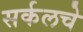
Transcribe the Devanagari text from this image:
सर्कलचे